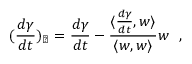
( \frac { d \gamma } { d t } ) _ { \perp } = \frac { d \gamma } { d t } - \frac { \langle \frac { d \gamma } { d t } , w \rangle } { \langle w , w \rangle } w \ \ ,